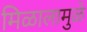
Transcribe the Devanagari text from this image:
मिळालामुळे